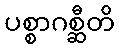
ပစ္စာဂစ္ဆီတိ